Supplement to the account of plague administration in the Bombay Presidency from September 1896 till May 1897
Year: 1896
Disease focus: Plague
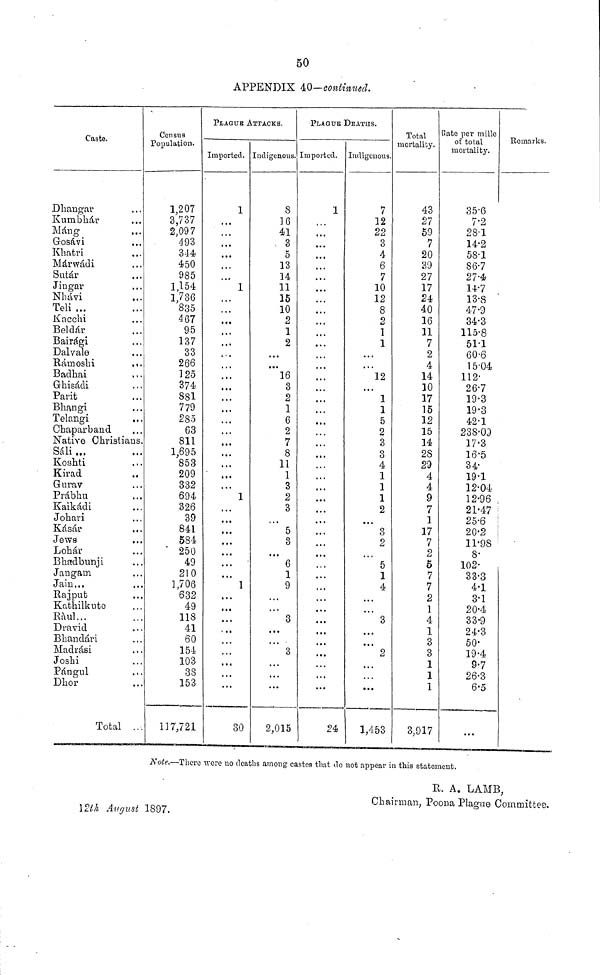
50
APPENDIX 40—continued.
Note.—There "were no deaths among castes that do not appear in this statement.
R. A. LAMB,
Chairman, Poona Plague Committee.
12th August 1897.
Caste.
Dhangar
Kumbhár
Máng
Gosávi
Khatri
Márwádi
Sutár
Jingar
Nhávi
Teli ...
Kacchi
Beldár
Bairági
Dalvale
Rámoshi
Badhai
Ghisádi
Parit
Bhangi
Telangi
Chaparband
...
...
...
...
...
...
...
...
...
...
...
...
...
...
,,.
...
...
...
...
• ••
Native Christians.
Sáli...
Koshti
Kirad
Gurav
Prábhu
Kaikádi
Johari
Kásár
Jews
Lohár
Bhadbunji
Jangain
Jain...
Rajput
Kathilkuto
Rául...
Dravid
Bhandári
Madrási
Joshí
Pángul
Dhor
Tota
...
. » •
..
...
...
...
a . •
...
...
...
• • •
...
...
...
...•
...
...
...
...
...
« « «
...
1 ...
Consns
Population.
1,207
3,737
2,097
493
344
450
985
1,154
1,736
835
467
95
137
33
266
125
374
881
779
285
63
811
1,695
853
209
332
694
326
39
841
584
250
49
210
1,706
632
49
118
41
60
154
103
38
153
117,721
PLAGUE ATTACKS.
Imported.
...
...
...
...
...
...
* • •
...
...
...
.••
...
• • •
...
...
...
• • •
<. «
...
...
...
...
...
...
...
•.
....
1
1
1
1
30
indigenous.
8
16
41
3
5
13
14
11
15
10
2
1
2
• t •
• ••
16
3
2
1
6
2
7
8
11
1
3
2
3
...
5
3
...
6
1
9
...
...
3
...
...
' 3
...
...
...
2,015
PLAGUE DEATHS.
imported.
...
...
...
• • •
• • .
...
•.
•
...
...
...
...
...
...
...
...
• • •
...
...
...
...
...
...
...
...
...
1
24
Indigenous.
7
12
22
3
4
6
7
10
12
8
2
1
1
...
...
12
...
1
1
5
2
3
3
4
1
1
1
2
...
3
2
5
1
4
...
3
...
2
...
...
1,453
Total
mortality.
43
27
59
7
20
39
27
17
24
40
16
11
7
2
4
14
10
17
15
12
15
14
28
29
4
4
9
7
1
17
7
2
5
7
7
2
1
4
1
3
3
1
1
1
3,917
Rate per mille
of total
mortality.
35·6
Remarks.
7·2
281
14·2
58·1
86·7
27·4
14·7
13·8
47·9
34·3
115·8
511
60·6
1504
112·
26·7
19·3
19·3
42·1
238·09
17·3
16·5
34·
19·1
12·04
12·96
21·47
25·6
20·2
11·98
8·
102·
33·3
4·1
3·1
20·4
33·9
24·3
50·
19·4
9·7
26·3
6·5
...